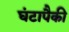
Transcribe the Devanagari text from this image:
घंटापैकी